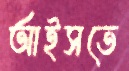
আইসতে